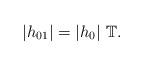
LaTeX: \begin{align*}|h_{01}|=|h_0| \ \mathbb T.\end{align*}